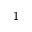
- 1